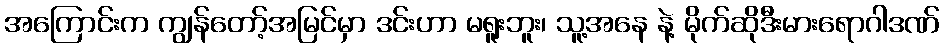
အကြောင်းက ကျွန်တော့်အမြင်မှာ ဒင်းဟာ မရူးဘူး၊ သူ့အနေ နဲ့ မိုက်ဆိုဒီးမားရောဂါဒဏ်